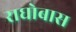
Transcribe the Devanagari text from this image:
राघोबास